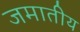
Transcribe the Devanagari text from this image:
जमातीय